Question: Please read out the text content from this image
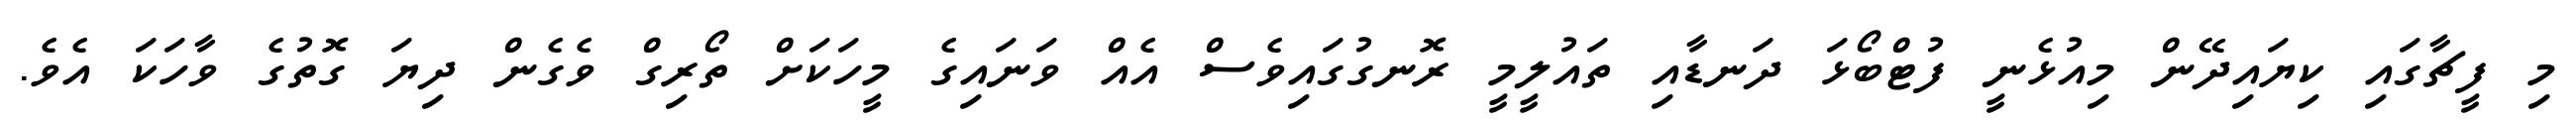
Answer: މި ފީޗާގައި ކިޔައިދޭން މިއުޅެނީ ފުޓްބޯޅަ ދަނޑާއި ތައުލީމީ ރޮނގުގައިވެސް އެއް ވަނައިގެ މީހަކަށް ތޯރިގް ވެގެން ދިޔަ ގޮތުގެ ވާހަކަ އެވެ.